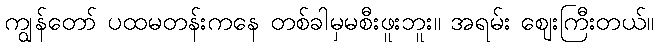
ကျွန်တော် ပထမတန်းကနေ တစ်ခါမှမစီးဖူးဘူး။ အရမ်း ဈေးကြီးတယ်။